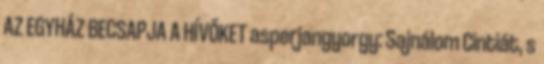
AZ EGYHÁZ BECSAPJA A HÍVŐKET asperjangyorgy: Sajnálom Cintiát, s